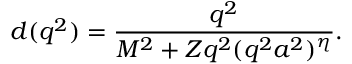
d ( q ^ { 2 } ) = { \frac { q ^ { 2 } } { M ^ { 2 } + Z q ^ { 2 } ( q ^ { 2 } a ^ { 2 } ) ^ { \eta } } } .